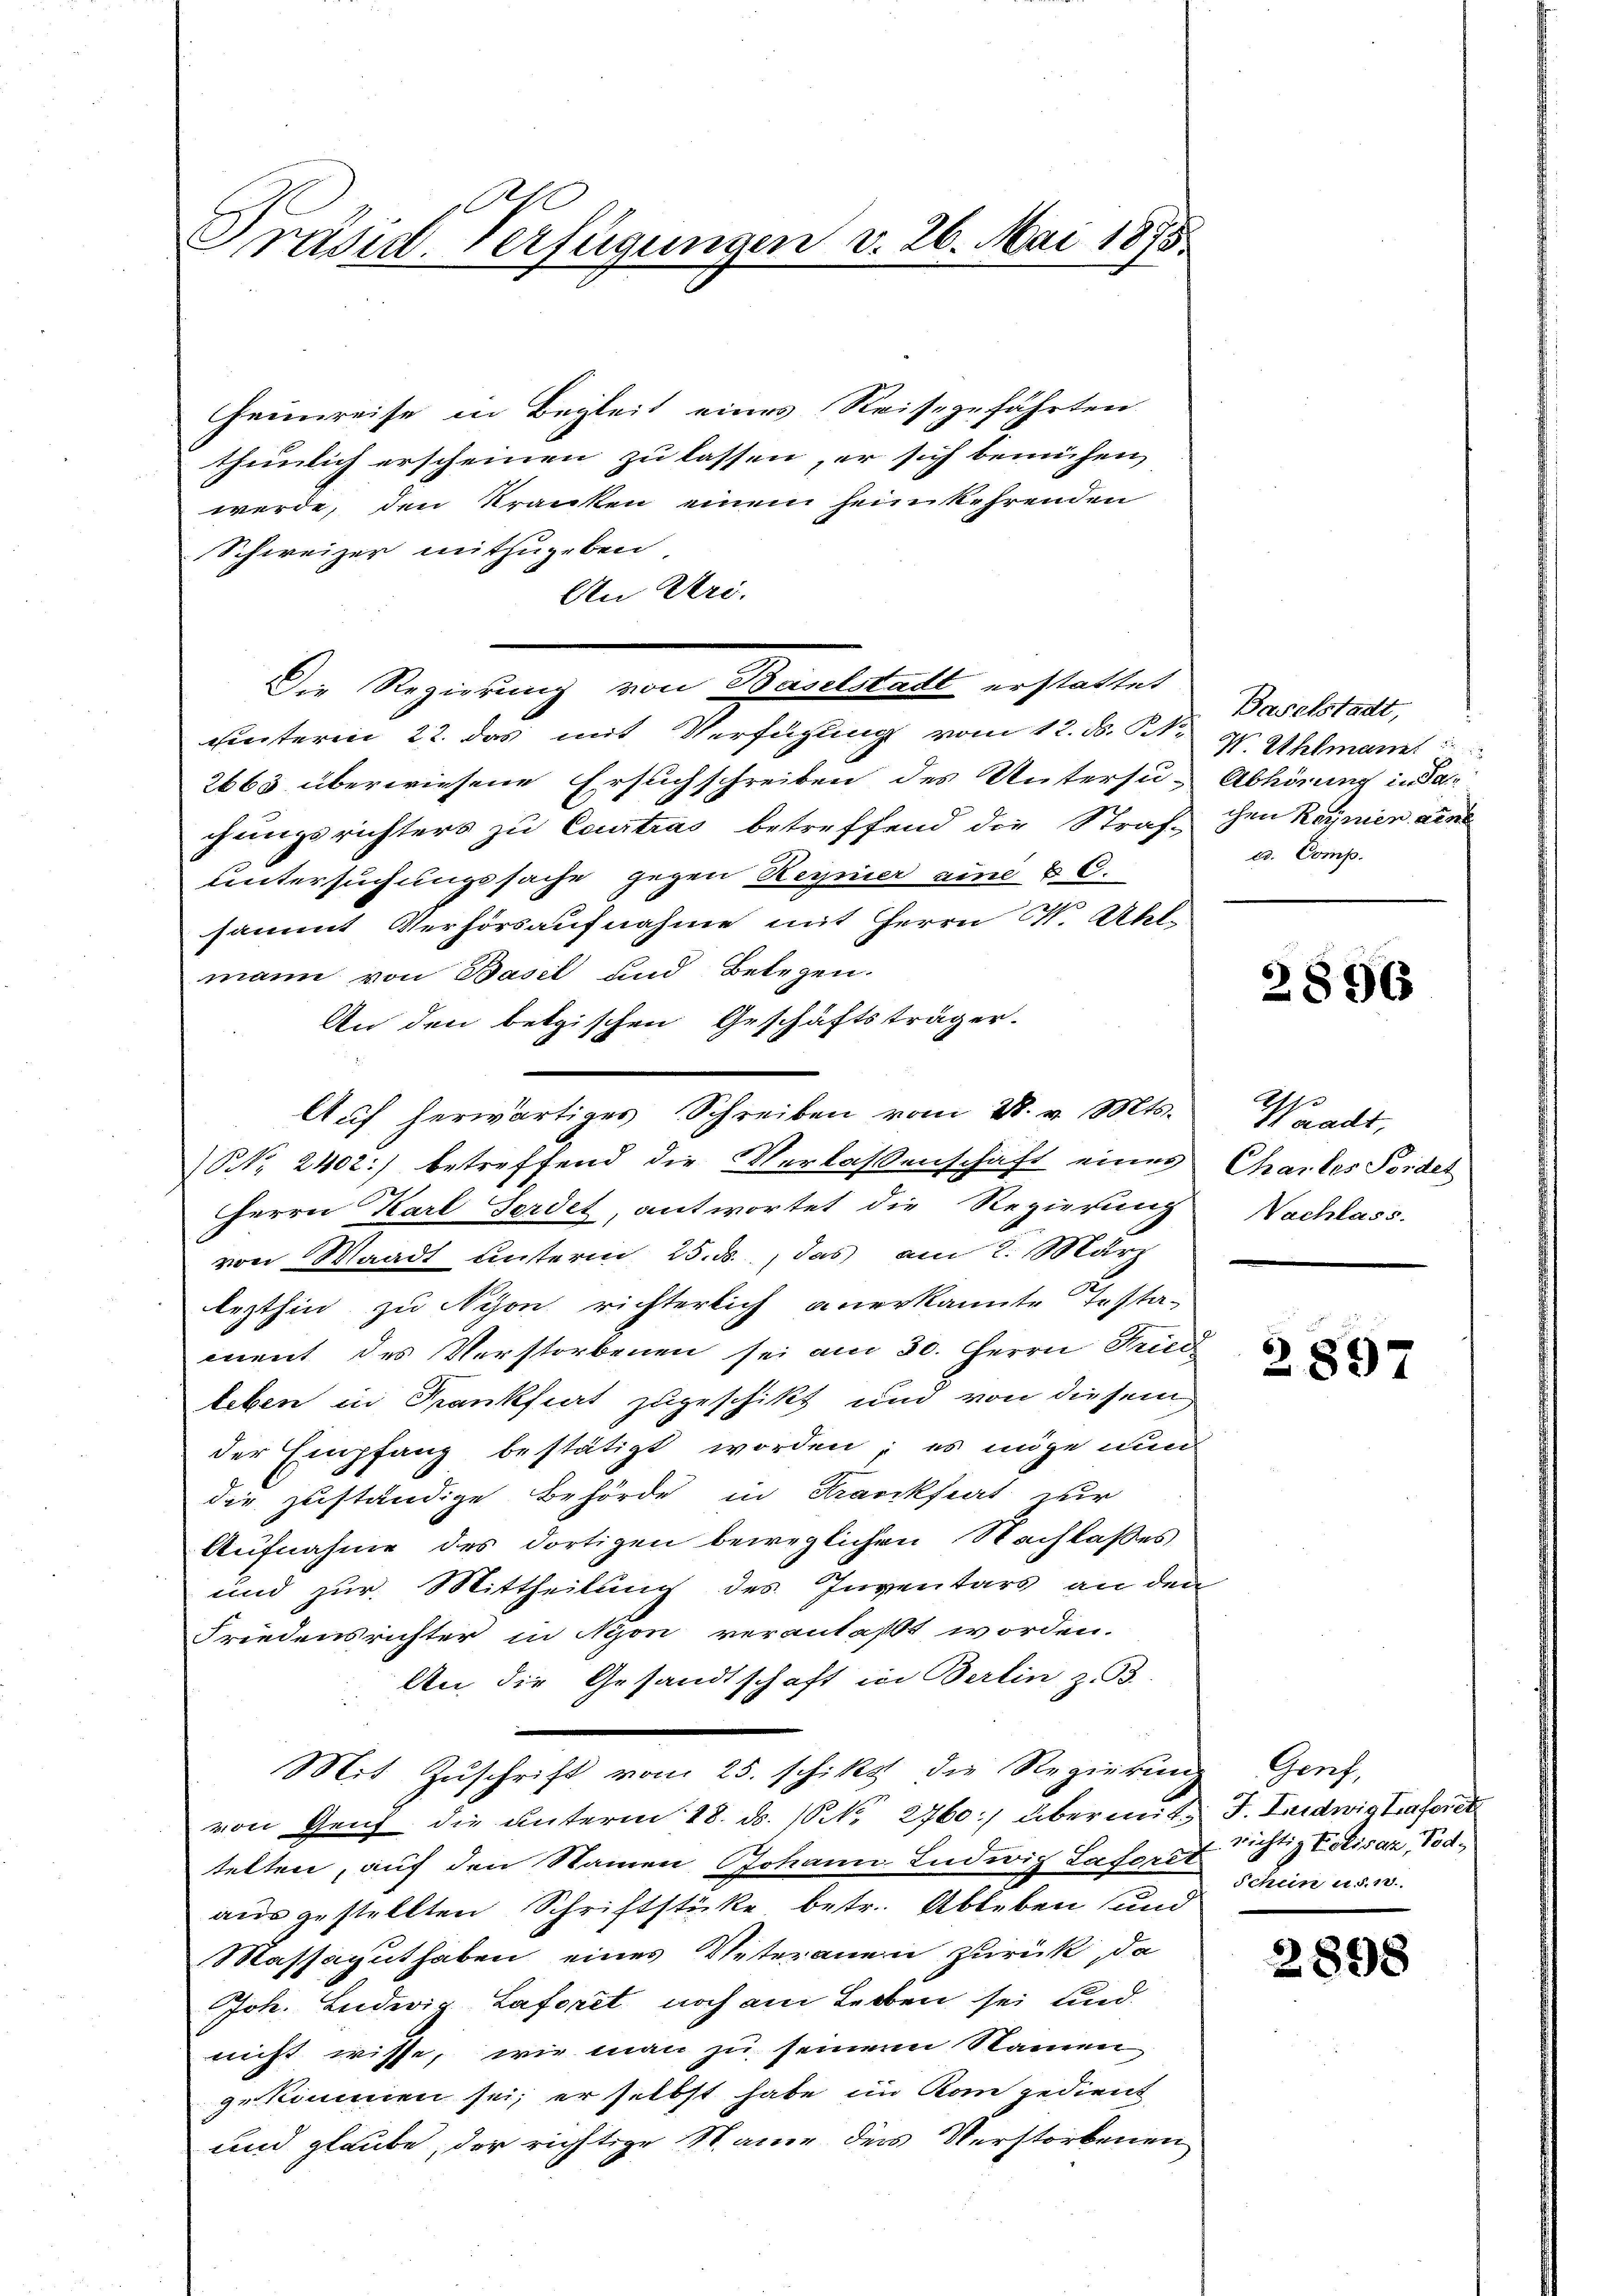
1
Präsid. Verfügungen v. 26. Mai 1875.

heimreise in Begleit eines Reisegefährten
thunlich erscheinen zu lassen, er sich bemühen,
werde, den Kranken einem heimkehrenden
Schweizer mitzugeben
An Uri.
Finteren 22. das mit Verfügung vom 12. d. d. 4. Uhlmann
2663 überwiesene Ersuchschreiben des Untersu-Abhörung in da
chungsrichters zu Courtras betreffend die Straf den Roynien ains
untersuchungssache gegen Regnier eine & C.
sammt Verhörsaufnahme mit Herrn Kt. All-
mann von Basel und Belegen.
An den betrischen Geschäftsträger.
(NNo. 2402) betreffend die Verlassenschaft eines Chailes Fordes
Herrn Karl Ferdet, antwortet die Regierung
von Waadt unterm 25. ds., das am 2. März
lezthin zu Nyon richterlich anerkannte Testa-
ment des Verstorbenen sei am 30. Herrn Fried
leben in Frankfiert zugeschikt und von diesem
der Empfang bestätigt worden; es möge nun
die zuständige Behörde in Krankfiat zur
Aufnahme des dortigen beweglichen Nachlasses
und zur Mittheilung des Inventars an den
Friedensrichter in Nyon veranlaßt worden.
An die Gesandtschaft in Berlin z. B.
e
Mit Zŭschrift vom 25. schikt die Regierung Genz,
von Genf die unterm 18. d. 10 N. 2760] übermit F. Ludwig trafer d
telten, auf den Namen Johann Ludwig Laterst richtig Elisaz, Todausgestellten Schriftstücke betr. Ableben und
Massaguthaben eines Veteranen zurück, da
Joh. Ludwig Laforet noch am Leoben sei und
nicht wisse, wie man zu seinem Namen
gekommen sei; er selbst habe im Rom gedient
und glaube, der richtige Name der Verstorbenen

Die Regierung von Baselstadt erstattet

Aŭf herwärtiges Schreiben vom 28. v. Mts.

Baselstadt,
c. Comp.

2896

Waadt,
Nachlass.

2897

Schein u. d. 10.

2898